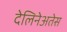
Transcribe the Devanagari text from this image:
देलिनेअतेस